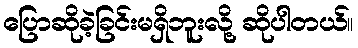
ပြောဆိုခဲ့ခြင်းမရှိဘူးလို့ ဆိုပါတယ်။